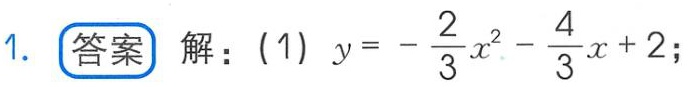
解：(1) \(y = -\frac{2}{3}x^{2}-\frac{4}{3}x + 2\);